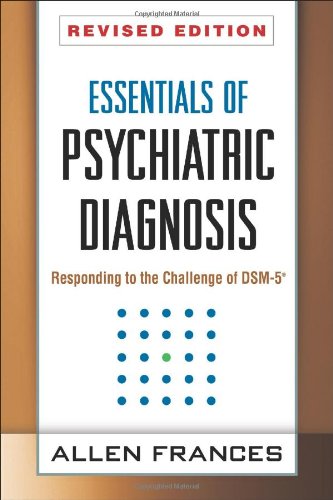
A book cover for Essentials of Psychiatric Diagnosis, Revised Edition: Responding to the Challenge of DSM-5Â®; Allen Frances MD; Medical Books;